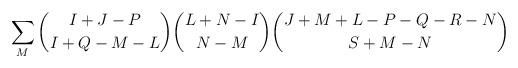
LaTeX: \begin{align*}\sum_M{{I+J-P} \choose {I+Q-M-L}}{{L+N-I} \choose {N-M}}{{J+M+L-P-Q-R-N} \choose {S+M-N}}\end{align*}